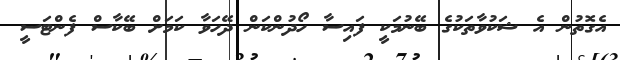
އެގޮތުން އެ ޝަކުވާތަކުގެ ބޭނުމަކީ ފައިސާ ހޯދުންކަން ދޭހަވާ ކަމަށް ބޭކާސް ފެންޓަސީ